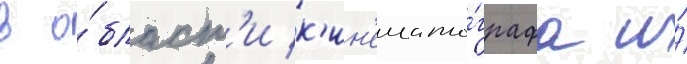
в о́бласт'и к'ин'емато́графа и́